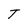
Character: T